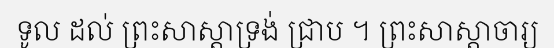
ទូល ដល់ ព្រះសាស្តាទ្រង់ ជ្រាប ។ ព្រះសាស្តាចារ្យ